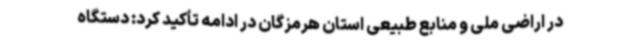
در اراضی ملی و منابع طبیعی استان هرمزگان در ادامه تأکید کرد: دستگاه